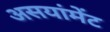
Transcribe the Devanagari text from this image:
असयांमेंट